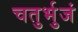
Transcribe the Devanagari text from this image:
चतुर्भुजं